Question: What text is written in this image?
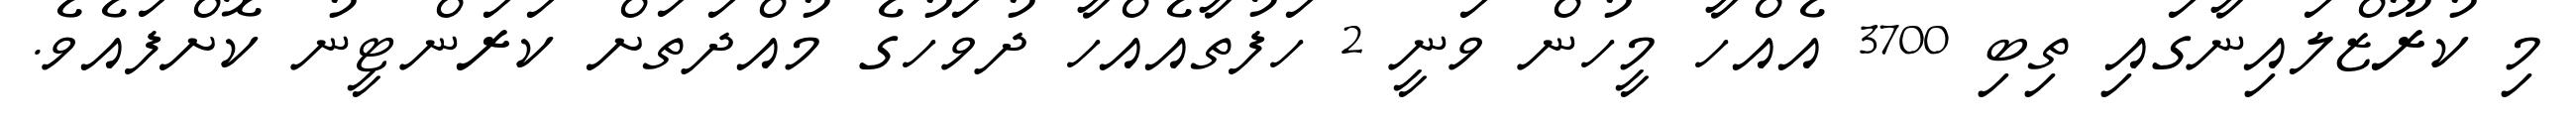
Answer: މި ކުރޫޒްލައިނާގައި ތިބި 3700 އެއްހާ މީހުން ވަނީ 2 ހަފުތާއެއްހާ ދުވަހުގެ މުއްދަތަށް ކަރަންޓީނު ކޮށްފައެވެ.